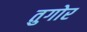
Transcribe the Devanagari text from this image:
तुगोर